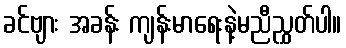
ခင်ဗျား အခန်း ကျန်းမာရေးနဲ့မညီညွှတ်ပါ။